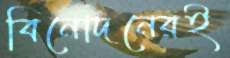
বিনোদনেরই